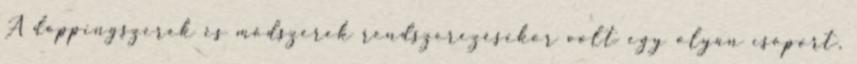
A doppingszerek és módszerek rendszerezésekor volt egy olyan csoport,